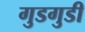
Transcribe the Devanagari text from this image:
गुडगुडी